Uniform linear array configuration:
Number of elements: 4
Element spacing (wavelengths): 0.25
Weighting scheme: kaiser
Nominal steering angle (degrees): -15
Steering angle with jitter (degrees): -13.009
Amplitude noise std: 0.05
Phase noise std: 0.05

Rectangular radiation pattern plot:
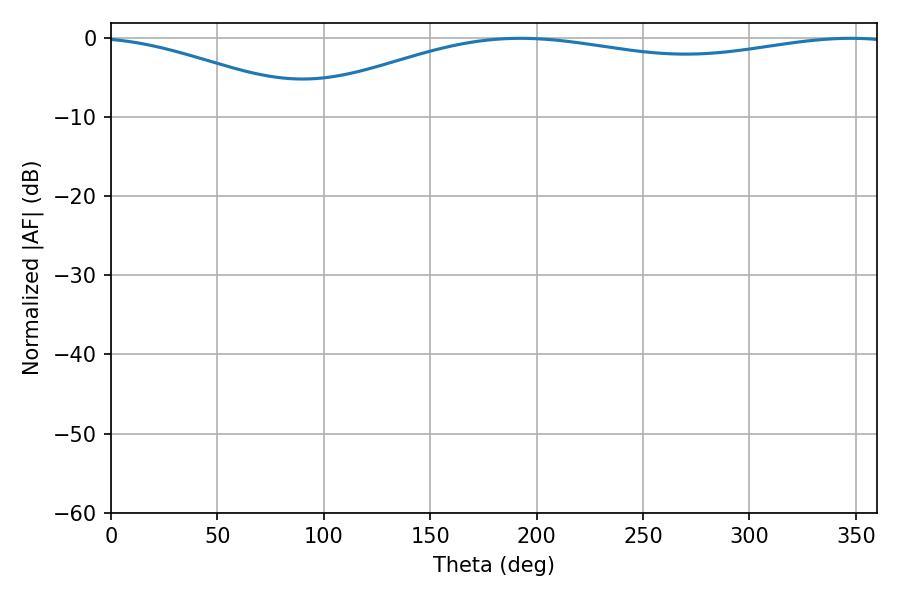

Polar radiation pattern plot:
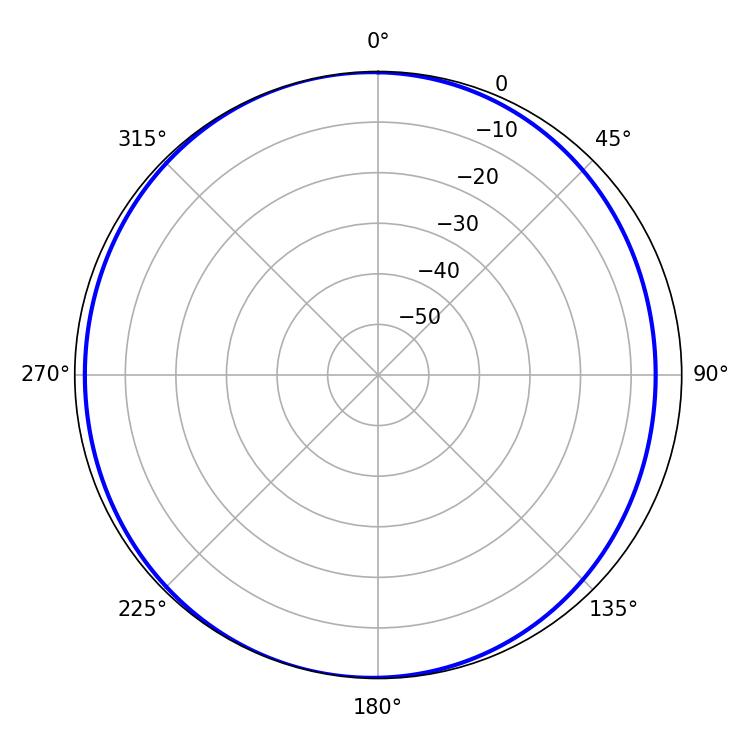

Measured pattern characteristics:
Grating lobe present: FALSE
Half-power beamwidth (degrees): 227.88
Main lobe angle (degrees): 192.42